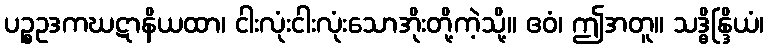
ပဉ္စဥဒကဃဋာနိယထာ၊ ငါးလုံးငါးလုံးသောအိုးတို့ကဲ့သို့။ ဧဝံ၊ ဤအတူ။ သဒ္ဓိန္ဒြိယံ၊